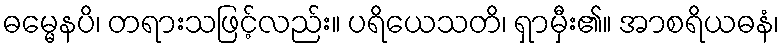
ဓမ္မေနပိ၊ တရားသဖြင့်လည်း။ ပရိယေသတိ၊ ရှာမှီး၏။ အာစရိယဓနံ၊